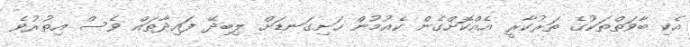
އެކި ބާވަތްތަކުގެ ތަރުކާރީ އެއްކޮށްގެން ކެއުމުން ހަށިގަނޑަށް ލިބިދޭ ފައިދާތައް ވެސް އިތުރުވެ